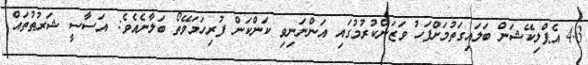
4.3 އެޕްލިކޭޝަން ބަލައިގަތުމަށްފަހު ވަޒަންކުރުމުގައި އަންނަނިވި ކަންކަން ފުރިހަމަވޭތޯ ބަލާނެއެވެ: އަސާސީ ޝަރުޠުތައް